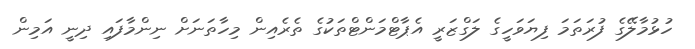
ހުޅުމާލޭގެ ފުރަތަމަ ފިޔަވަހީގެ ލަގްޒަރީ އެޕާޓްމަންޓްތަކުގެ ތެރެއިން މިހާތަނަށް ނިންމާފައި ދިނީ އަމިން